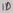
Text: ID